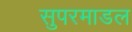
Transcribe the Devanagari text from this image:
सुपरमाडल